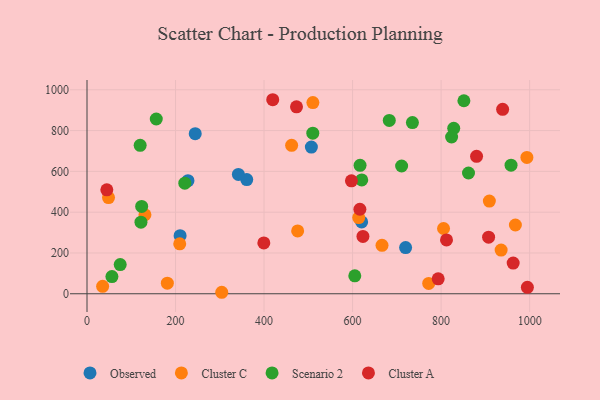
{"axis": {"x": "Study Hours", "y": "Rating"}, "legend": ["Cluster A", "Cluster C", "Observed", "Scenario 2"], "data": [{"x": "228.1", "y": 554.3, "type": "Observed"}, {"x": "719.8", "y": 226.4, "type": "Observed"}, {"x": "210.3", "y": 284.7, "type": "Observed"}, {"x": "360.9", "y": 560.0, "type": "Observed"}, {"x": "244.5", "y": 784.8, "type": "Observed"}, {"x": "342.0", "y": 585.0, "type": "Observed"}, {"x": "506.9", "y": 719.2, "type": "Observed"}, {"x": "620.5", "y": 352.0, "type": "Observed"}, {"x": "510.3", "y": 937.3, "type": "Cluster C"}, {"x": "935.6", "y": 214.4, "type": "Cluster C"}, {"x": "35.3", "y": 36.5, "type": "Cluster C"}, {"x": "48.6", "y": 471.4, "type": "Cluster C"}, {"x": "909.0", "y": 454.2, "type": "Cluster C"}, {"x": "805.5", "y": 320.0, "type": "Cluster C"}, {"x": "475.9", "y": 308.1, "type": "Cluster C"}, {"x": "304.4", "y": 7.3, "type": "Cluster C"}, {"x": "181.5", "y": 52.0, "type": "Cluster C"}, {"x": "666.5", "y": 237.4, "type": "Cluster C"}, {"x": "130.9", "y": 387.4, "type": "Cluster C"}, {"x": "772.0", "y": 50.5, "type": "Cluster C"}, {"x": "209.5", "y": 245.0, "type": "Cluster C"}, {"x": "462.3", "y": 727.9, "type": "Cluster C"}, {"x": "967.8", "y": 337.1, "type": "Cluster C"}, {"x": "613.9", "y": 373.5, "type": "Cluster C"}, {"x": "993.8", "y": 668.6, "type": "Cluster C"}, {"x": "861.9", "y": 592.1, "type": "Scenario 2"}, {"x": "605.0", "y": 88.1, "type": "Scenario 2"}, {"x": "735.2", "y": 839.5, "type": "Scenario 2"}, {"x": "56.3", "y": 84.4, "type": "Scenario 2"}, {"x": "510.1", "y": 787.5, "type": "Scenario 2"}, {"x": "120.1", "y": 727.6, "type": "Scenario 2"}, {"x": "851.5", "y": 946.2, "type": "Scenario 2"}, {"x": "221.0", "y": 542.4, "type": "Scenario 2"}, {"x": "828.5", "y": 811.3, "type": "Scenario 2"}, {"x": "620.7", "y": 557.9, "type": "Scenario 2"}, {"x": "616.9", "y": 629.6, "type": "Scenario 2"}, {"x": "123.5", "y": 428.1, "type": "Scenario 2"}, {"x": "121.9", "y": 350.9, "type": "Scenario 2"}, {"x": "710.8", "y": 626.4, "type": "Scenario 2"}, {"x": "682.9", "y": 849.8, "type": "Scenario 2"}, {"x": "156.5", "y": 856.9, "type": "Scenario 2"}, {"x": "75.0", "y": 142.9, "type": "Scenario 2"}, {"x": "958.0", "y": 630.6, "type": "Scenario 2"}, {"x": "823.7", "y": 768.6, "type": "Scenario 2"}, {"x": "812.2", "y": 263.8, "type": "Cluster A"}, {"x": "962.8", "y": 150.7, "type": "Cluster A"}, {"x": "419.6", "y": 951.3, "type": "Cluster A"}, {"x": "473.3", "y": 916.6, "type": "Cluster A"}, {"x": "880.1", "y": 674.0, "type": "Cluster A"}, {"x": "994.9", "y": 31.7, "type": "Cluster A"}, {"x": "399.5", "y": 249.0, "type": "Cluster A"}, {"x": "623.4", "y": 281.2, "type": "Cluster A"}, {"x": "907.3", "y": 277.2, "type": "Cluster A"}, {"x": "616.5", "y": 414.3, "type": "Cluster A"}, {"x": "597.4", "y": 553.9, "type": "Cluster A"}, {"x": "44.8", "y": 509.6, "type": "Cluster A"}, {"x": "939.0", "y": 904.1, "type": "Cluster A"}, {"x": "793.4", "y": 73.4, "type": "Cluster A"}]}